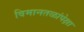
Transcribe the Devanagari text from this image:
विमानतळांपेक्षा